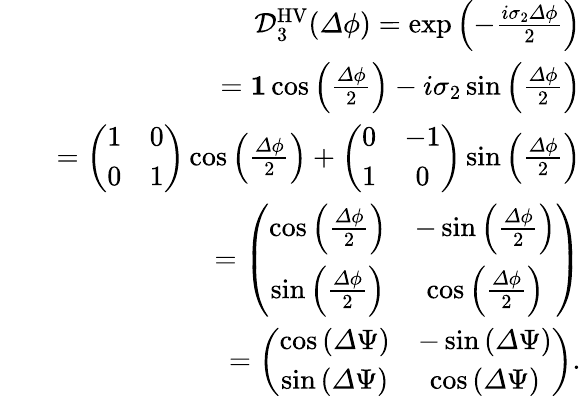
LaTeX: \begin{array}{rlr}&{}&{\mathcal{D}_{3}^{\mathrm{HV}}({\mathit\Delta\phi})=\exp\left(-\frac{i\sigma_{2}{\mathit\Delta\phi}}{2}\right)}\\ &{}&{={\mathbf 1}\cos\left(\frac{{\mathit\Delta\phi}}{2}\right)-i\sigma_{2}\sin\left(\frac{{\mathit\Delta\phi}}{2}\right)}\\ &{}&{=\left(\begin{array}{cc}{1}&{0}\\ {0}&{1}\end{array}\right)\cos\left(\frac{{\mathit\Delta\phi}}{2}\right)+\left(\begin{array}{cc}{0}&{-1}\\ {1}&{0}\end{array}\right)\sin\left(\frac{{\mathit\Delta\phi}}{2}\right)}\\ &{}&{=\left(\begin{array}{cc}{\cos\left(\frac{{\mathit\Delta\phi}}{2}\right)}&{-\sin\left(\frac{{\mathit\Delta\phi}}{2}\right)}\\ {\sin\left(\frac{{\mathit\Delta\phi}}{2}\right)}&{\cos\left(\frac{{\mathit\Delta\phi}}{2}\right)}\end{array}\right)}\\ &{}&{=\left(\begin{array}{cc}{\cos\left({\mathit\Delta\Psi}\right)}&{-\sin\left({\mathit\Delta\Psi}\right)}\\ {\sin\left({\mathit\Delta\Psi}\right)}&{\cos\left({\mathit\Delta\Psi}\right)}\end{array}\right).}\end{array}